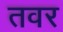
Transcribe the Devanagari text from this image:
तवर